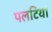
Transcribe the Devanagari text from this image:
पलटियां